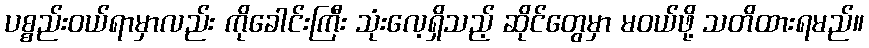
ပစ္စည်းဝယ်ရာမှာလည်း ကိုခေါင်းကြီး သုံးလေ့ရှိသည့် ဆိုင်တွေမှာ မဝယ်ဖို့ သတိထားရမည်။